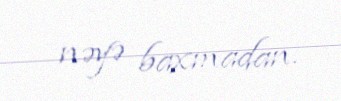
nəyə baxmadan.